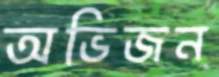
অভিজন